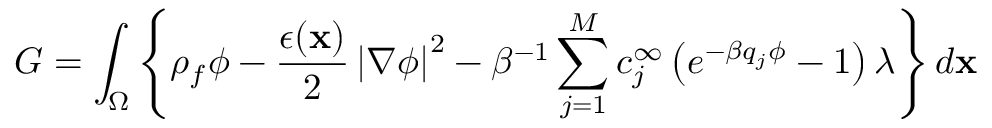
G = \int _ { \Omega } \left\{ \rho _ { f } \phi - \frac { \epsilon ( \mathbf { x } ) } { 2 } \left| \nabla \phi \right| ^ { 2 } - \beta ^ { - 1 } \sum _ { j = 1 } ^ { M } c _ { j } ^ { \infty } \left( e ^ { - \beta q _ { j } \phi } - 1 \right) \lambda \right\} d \mathbf { x }